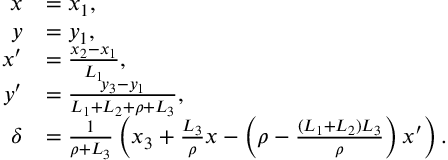
\begin{array} { r l } { x } & { = x _ { 1 } , } \\ { y } & { = y _ { 1 } , } \\ { x ^ { \prime } } & { = \frac { x _ { 2 } - x _ { 1 } } { L _ { 1 } } , } \\ { y ^ { \prime } } & { = \frac { y _ { 3 } - y _ { 1 } } { L _ { 1 } + L _ { 2 } + \rho + L _ { 3 } } , } \\ { \delta } & { = \frac { 1 } { \rho + L _ { 3 } } \left( x _ { 3 } + \frac { L _ { 3 } } { \rho } x - \left( { \rho - \frac { ( L _ { 1 } + L _ { 2 } ) L _ { 3 } } { \rho } } \right) x ^ { \prime } \right) . } \end{array}